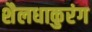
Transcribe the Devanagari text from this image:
शैलधाकुरंग